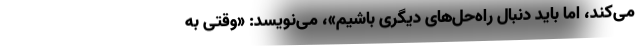
می‌کند، اما باید دنبال راه‌حل‌های دیگری باشیم»، می‌نویسد: «وقتی به